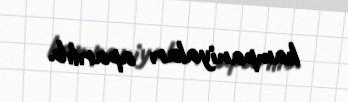
kampaniyaları aparılıb.